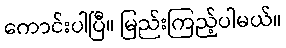
ကောင်းပါပြီ။ မြည်းကြည့်ပါမယ်။